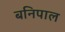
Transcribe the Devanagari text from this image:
बनिपाल